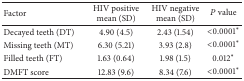
<table><thead><tr><td><b>Factor</b></td><td><b>HIV positivemean (SD)</b></td><td><b>HIV negativemean (SD)</b></td><td><b><i>P</i> value</b></td></tr></thead><tbody><tr><td>Decayed teeth (DT) </td><td>4.90 (4.5)</td><td>2.43 (1.54)</td><td>&lt;0.0001∗</td></tr><tr><td>Missing teeth (MT) </td><td>6.30 (5.21)</td><td>3.93 (2.8)</td><td>&lt;0.0001∗</td></tr><tr><td>Filled teeth (FT) </td><td>1.63 (0.64)</td><td>1.98 (1.5)</td><td>0.012∗</td></tr><tr><td>DMFT score </td><td>12.83 (9.6)</td><td>8.34 (7.6)</td><td>&lt;0.0001∗</td></tr></tbody></table>